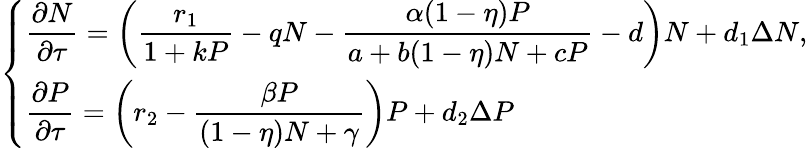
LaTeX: \left\{ \begin{array}{ll}{\displaystyle\frac{\partial N}{\partial\tau}=\left(\displaystyle\frac{r_{1}}{1+kP}-qN-\displaystyle\frac{\alpha(1-\eta)P}{a+b(1-\eta)N+cP}-d\right)N+d_{1}\Delta N,}\\ {\displaystyle\frac{\partial P}{\partial\tau}=\left(r_{2}-\displaystyle\frac{\beta P}{(1-\eta)N+\gamma}\right)P+d_{2}\Delta P}\end{array}\right.